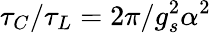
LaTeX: \tau_{C}/\tau_{L}=2\pi/g_{s}^{2}\alpha^{2}